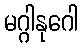
မဂ္ဂါနုဂေါ